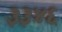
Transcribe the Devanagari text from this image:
३३४६